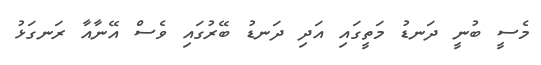
މެސީ ބުނީ ދަނޑު މަތީގައި އަދި ދަނޑު ބޭރުގައި ވެސް އޭނާއާ ރަނގަޅު